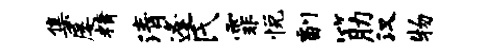
集屡精清逢氏霏悦副筋汉物